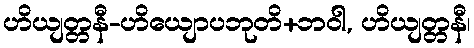
ဟိယျတ္တနီ-ဟိယျောပဘုတိ+ဘဝါ, ဟိယျတ္တနီ၊